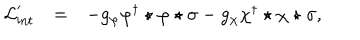
LaTeX: \begin{array} { r c l } { { { \cal L } _ { \mathrm { i n t } } ^ { \prime } } } & { { = } } & { { - g _ { \varphi } \varphi ^ { \dagger } \star \varphi \star \sigma - g _ { \chi } \chi ^ { \dagger } \star \chi \star \sigma , } } \\ \end{array}